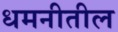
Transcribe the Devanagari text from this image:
धमनीतील